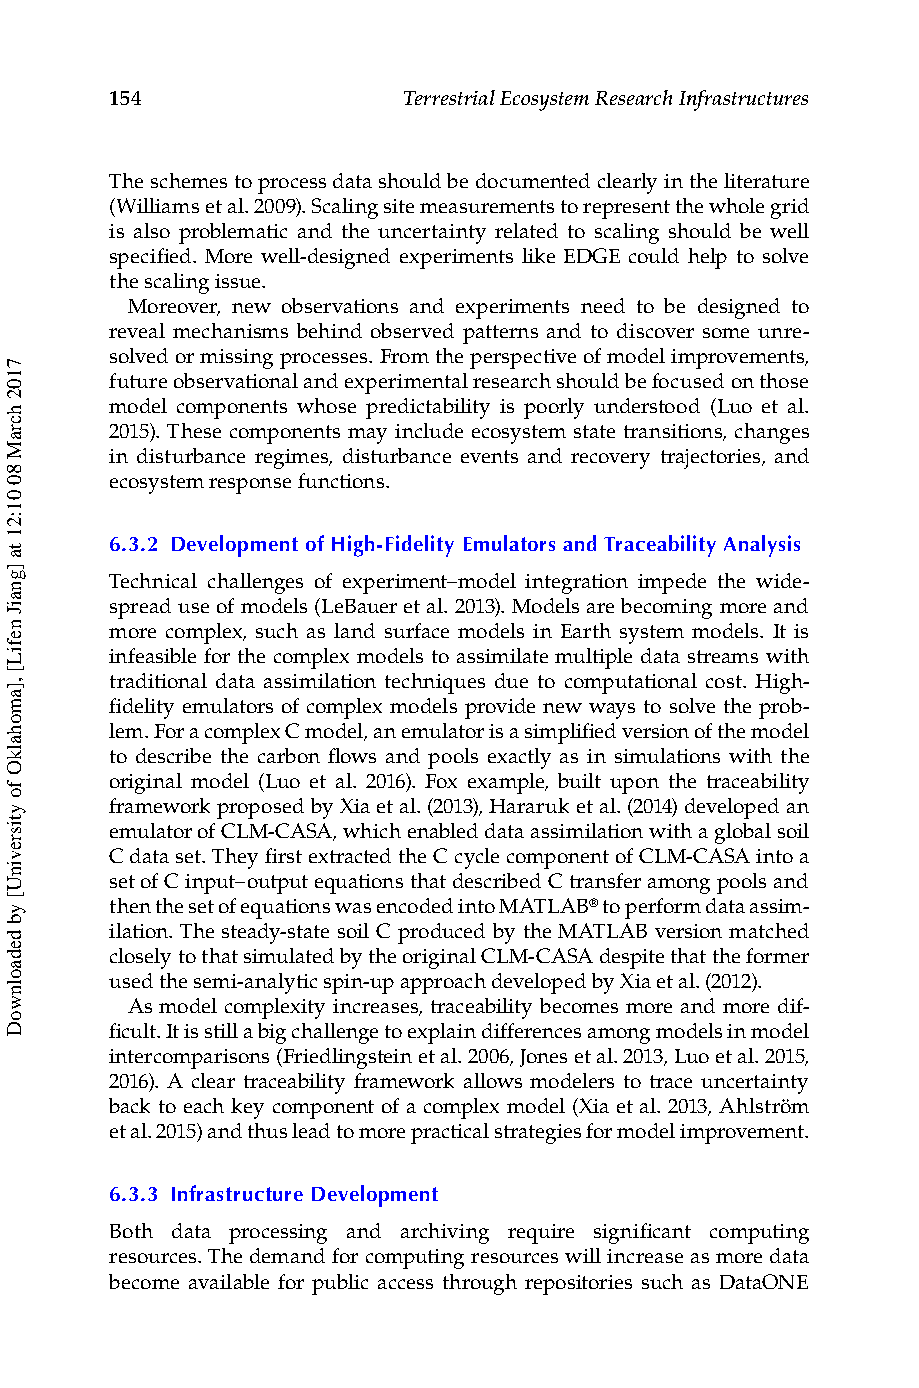
154                 Terrestrial Ecosystem Research Infrastructures
 The schemes to process data should be documented clearly in the literature
 (Williams et al. 2009). Scaling site measurements to represent the whole grid
 is also problematic and the uncertainty related to scaling should be well
 specified. More well-designed experiments like EDGE could help to solve
 the scaling issue.
 Moreover, new observations and experiments need to be designed to
 reveal mechanisms behind observed patterns and to discover some unre-
 solved or missing processes. From the perspective of model improvements,
 future observational and experimental research should be focused on those
 model components whose predictability is poorly understood (Luo et al.
 2015). These components may include ecosystem state transitions, changes
 in disturbance regimes, disturbance events and recovery trajectories, and
 ecosystem response functions.
 6.3.2 Development of High-Fidelity Emulators and Traceability Analysis
 Technical challenges of experiment–model integration impede the wide-
 spread use of models (LeBauer et al. 2013). Models are becoming more and
 more complex, such as land surface models in Earth system models. It is
 infeasible for the complex models to assimilate multiple data streams with
 traditional data assimilation techniques due to computational cost. High-
 fidelity emulators of complex models provide new ways to solve the prob-
 lem. For a complex C model, an emulator is a simplified version of the model
 to describe the carbon flows and pools exactly as in simulations with the
 original model (Luo et al. 2016). Fox example, built upon the traceability
 framework proposed by Xia et al. (2013), Hararuk et al. (2014) developed an
 emulator of CLM-CASA, which enabled data assimilation with a global soil
 C data set. They first extracted the C cycle component of CLM-CASA into a
 set of C input–output equations that described C transfer among pools and
 then the set of equations was encoded into MATLAB® to perform data assim-
 ilation. The steady-state soil C produced by the MATLAB version matched
 closely to that simulated by the original CLM-CASA despite that the former
 used the semi-analytic spin-up approach developed by Xia et al. (2012).
 As model complexity increases, traceability becomes more and more dif-
 ficult. It is still a big challenge to explain differences among models in model
 intercomparisons (Friedlingstein et al. 2006, Jones et al. 2013, Luo et al. 2015,
 2016). A clear traceability framework allows modelers to trace uncertainty
 back to each key component of a complex model (Xia et al. 2013, Ahlström
 et al. 2015) and thus lead to more practical strategies for model improvement.
 6.3.3 Infrastructure Development
 Both data processing and archiving require significant computing
 resources. The demand for computing resources will increase as more data
 become available for public access through repositories such as DataONE
 7102
 hcraM
 80
 01:21
 ta
 ]gnaiJ
 nefiL[
 ,]amohalkO
 fo
 ytisrevinU[
 yb
 dedaolnwoD